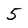
Character: 5